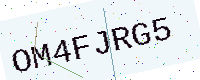
Text: OM4FJRG5